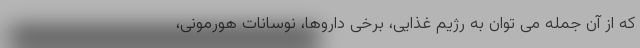
که از آن جمله می توان به رژیم غذایی، برخی داروها، نوسانات هورمونی،